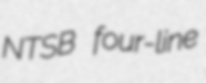
NTSB four-line